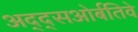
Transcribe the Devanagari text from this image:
अद्द्सओर्बतिवे